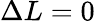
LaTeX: \Delta L=0